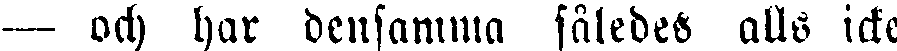
— och har densamma således alls icke